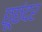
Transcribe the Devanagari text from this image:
छूछंदर